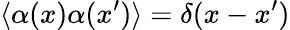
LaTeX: \langle\alpha(x)\alpha(x^{\prime})\rangle=\delta(x-x^{\prime})